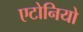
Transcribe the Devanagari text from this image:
एटोनियो